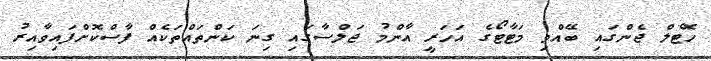
ހޮޓެލް ޖެންގައި ބޭއްވި މަޓާޓޯގެ އަހަރީ އާންމު ޖަލްސާގައި ގިނަ ކަންތައްތަކެއް ފާސްކޮށްފައިވާއިރު